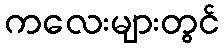
ကလေးများတွင်